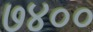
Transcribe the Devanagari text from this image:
७४००